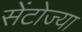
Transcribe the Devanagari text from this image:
सेंटोज्या